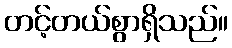
တင့်တယ်စွာရှိသည်။